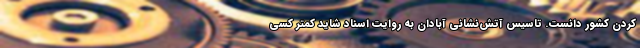
کردن کشور دانست. تاسیس آتش‌نشانی آبادان به روایت اسناد شاید کمتر کسی